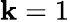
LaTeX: \mathbf{k}=1